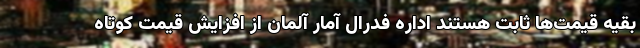
بقیه قیمت‌ها ثابت هستند اداره فدرال آمار آلمان از افزایش قیمت کوتاه